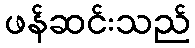
ဖန်ဆင်းသည်